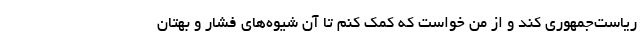
ریاست‌جمهوری کند و از من خواست که کمک کنم تا آن شیوه‌های فشار و بُهتان